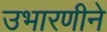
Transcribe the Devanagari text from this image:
उभारणीने